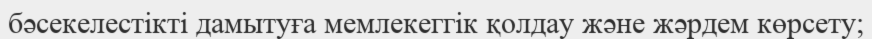
бәсекелестікті дамытуға мемлекеггік қолдау және жәрдем көрсету;